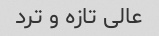
عالی تازه و ترد